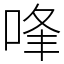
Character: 㖓